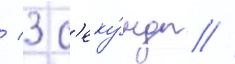
/ 3 с'еку́нды //